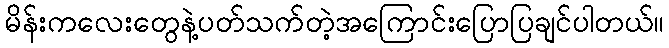
မိန်းကလေးတွေနဲ့ပတ်သက်တဲ့အကြောင်းပြောပြချင်ပါတယ်။